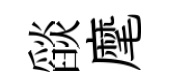
𦦨麾